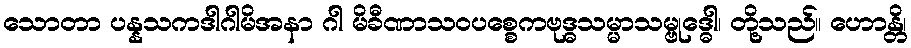
သောတာ ပန္နသကဒါဂါမိအနာ ဂါ မိခီဏာသဝပစ္စေကဗုဒ္ဓသမ္မာသမ္ဗုဒ္ဓေါ၊ တို့သည်။ ဟောန္တိ၊